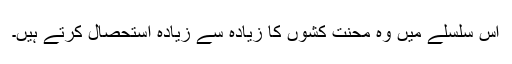
اس سلسلے میں وہ محنت کشوں کا زیادہ سے زیادہ استحصال کرتے ہیں۔